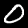
Label: 0